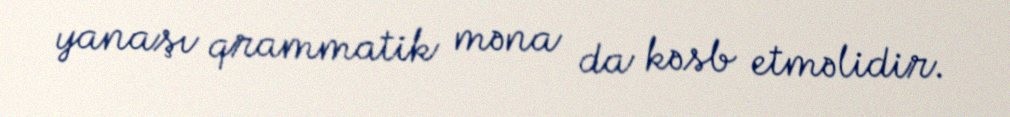
yanaşı qrammatik məna da kəsb etməlidir.